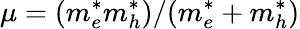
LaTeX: \mu=(m_{e}^{*}m_{h}^{*})/(m_{e}^{*}+m_{h}^{*})